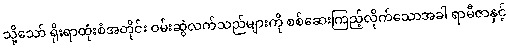
သို့သော် ရိုးရာထုံးစံအတိုင်း ဝမ်းဆွဲလက်သည်များကို စစ်ဆေးကြည့်လိုက်သောအခါ ရာမီဇာနှင့်